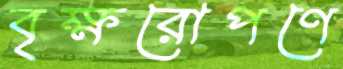
বৃক্ষরোপণে